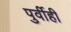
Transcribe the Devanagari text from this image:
पुर्वीही